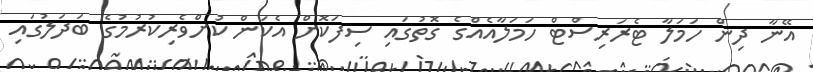
އޭނާ ދިން ހަމަލާ ޓެރަރިސްޓް ހަމަލާއެއްގެ ގޮތުގައި ސިފަކޮށް އެކަން ކުށްވެރިކުރުމުގެ ބަދަލުގައި